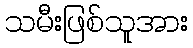
သမီးဖြစ်သူအား